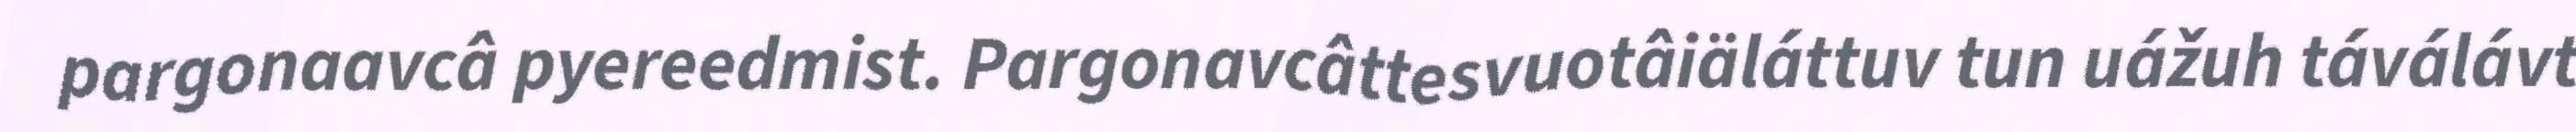
pargonaavcâ pyereedmist. Pargonavcâttesvuotâiäláttuv tun uážuh táválávt